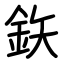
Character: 鉃